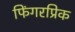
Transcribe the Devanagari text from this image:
फिंगरप्रिक